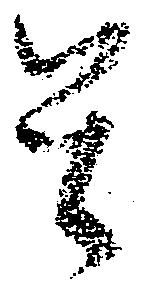
是